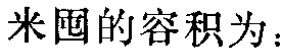
米囤的容积为：